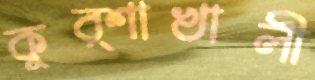
কুর্শাখালী